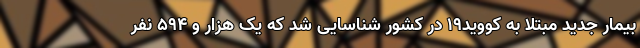
بیمار جدید مبتلا به کووید۱۹ در کشور شناسایی شد که یک هزار و ۵۹۴ نفر